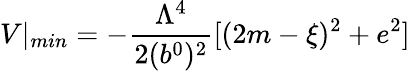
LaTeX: V|_{min}=-{\frac{\Lambda^{4}}{2(b^{0})^{2}}}[(2m-\xi)^{2}+e^{2}]